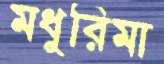
মধুরিমা